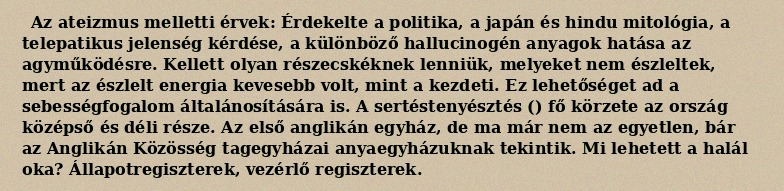
Az ateizmus melletti érvek: Érdekelte a politika, a japán és hindu mitológia, a telepatikus jelenség kérdése, a különböző hallucinogén anyagok hatása az agyműködésre. Kellett olyan részecskéknek lenniük, melyeket nem észleltek, mert az észlelt energia kevesebb volt, mint a kezdeti. Ez lehetőséget ad a sebességfogalom általánosítására is. A sertéstenyésztés () fő körzete az ország középső és déli része. Az első anglikán egyház, de ma már nem az egyetlen, bár az Anglikán Közösség tagegyházai anyaegyházuknak tekintik. Mi lehetett a halál oka? Állapotregiszterek, vezérlő regiszterek.